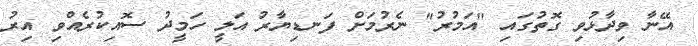
އޭނާ ވިދާޅުވި ގޮތުގައި "އަމުރު" ނެރުމަށް ފަނޑިޔާރު އަލީ ހަމީދު ސޮއިކުރެއްވި އިރު